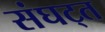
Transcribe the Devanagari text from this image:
संघट्त